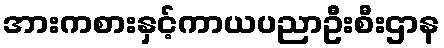
အားကစားနှင့်ကာယပညာဦးစီးဌာန